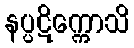
နပ္ပဋိက္ကောသိ